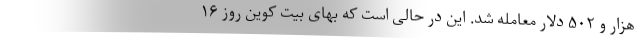
هزار و ۵۰۲ دلار معامله شد. این در حالی است که بهای بیت کوین روز ۱۶